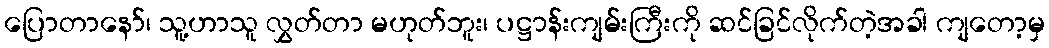
ပြောတာနော်၊ သူ့ဟာသူ လွှတ်တာ မဟုတ်ဘူး၊ ပဋ္ဌာန်းကျမ်းကြီးကို ဆင်ခြင်လိုက်တဲ့အခါ ကျတော့မှ